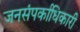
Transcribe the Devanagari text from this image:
जनसंपर्काधिकारी